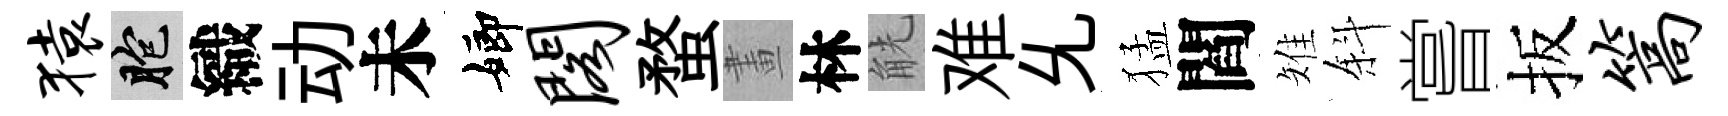
猿胞織动未嫏阁蝥畫林觥难𠃔猛閻雉斜嘗扳篙